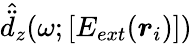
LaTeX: \hat{\ddot{d}}_{z}(\omega;[E_{ext}(\boldsymbol{r}_{i})])